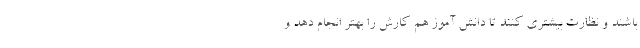
باشند و نظارت بیشتری کنند تا دانش آموز هم کارش را بهتر انجام دهد و